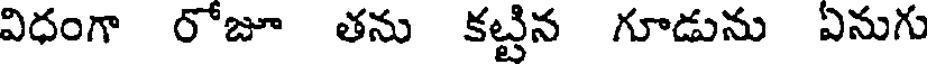
విధంగా రోజూ తను కట్టిన గూడును ఏనుగు